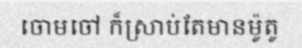
ចោមចៅ ក៏ស្រាប់តែមានម៉ូតូ